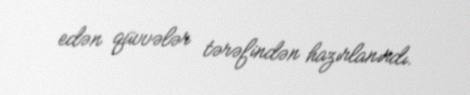
edən qüvvələr tərəfindən hazırlanırdı.